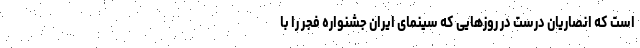
است که انصاریان درست در روزهایی که سینمای ایران جشنواره فجر را با